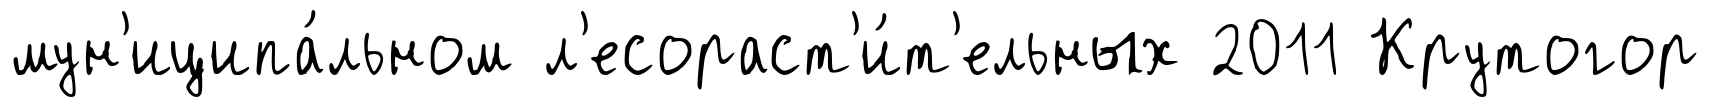
мун'иципа́льном л'есораст'и́т'ельных 2011 Крутогор